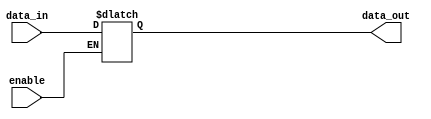
module transparent_latch (
   input wire data_in,
   input wire enable,
   output reg data_out
 );

 always @ (data_in, enable)
 begin
    if (enable)
       data_out <= data_in;
 end

endmodule